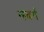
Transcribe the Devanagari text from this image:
न्स्बर्ग